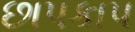
છાપકાપ